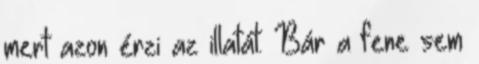
mert azon érzi az illatát. Bár a fene sem